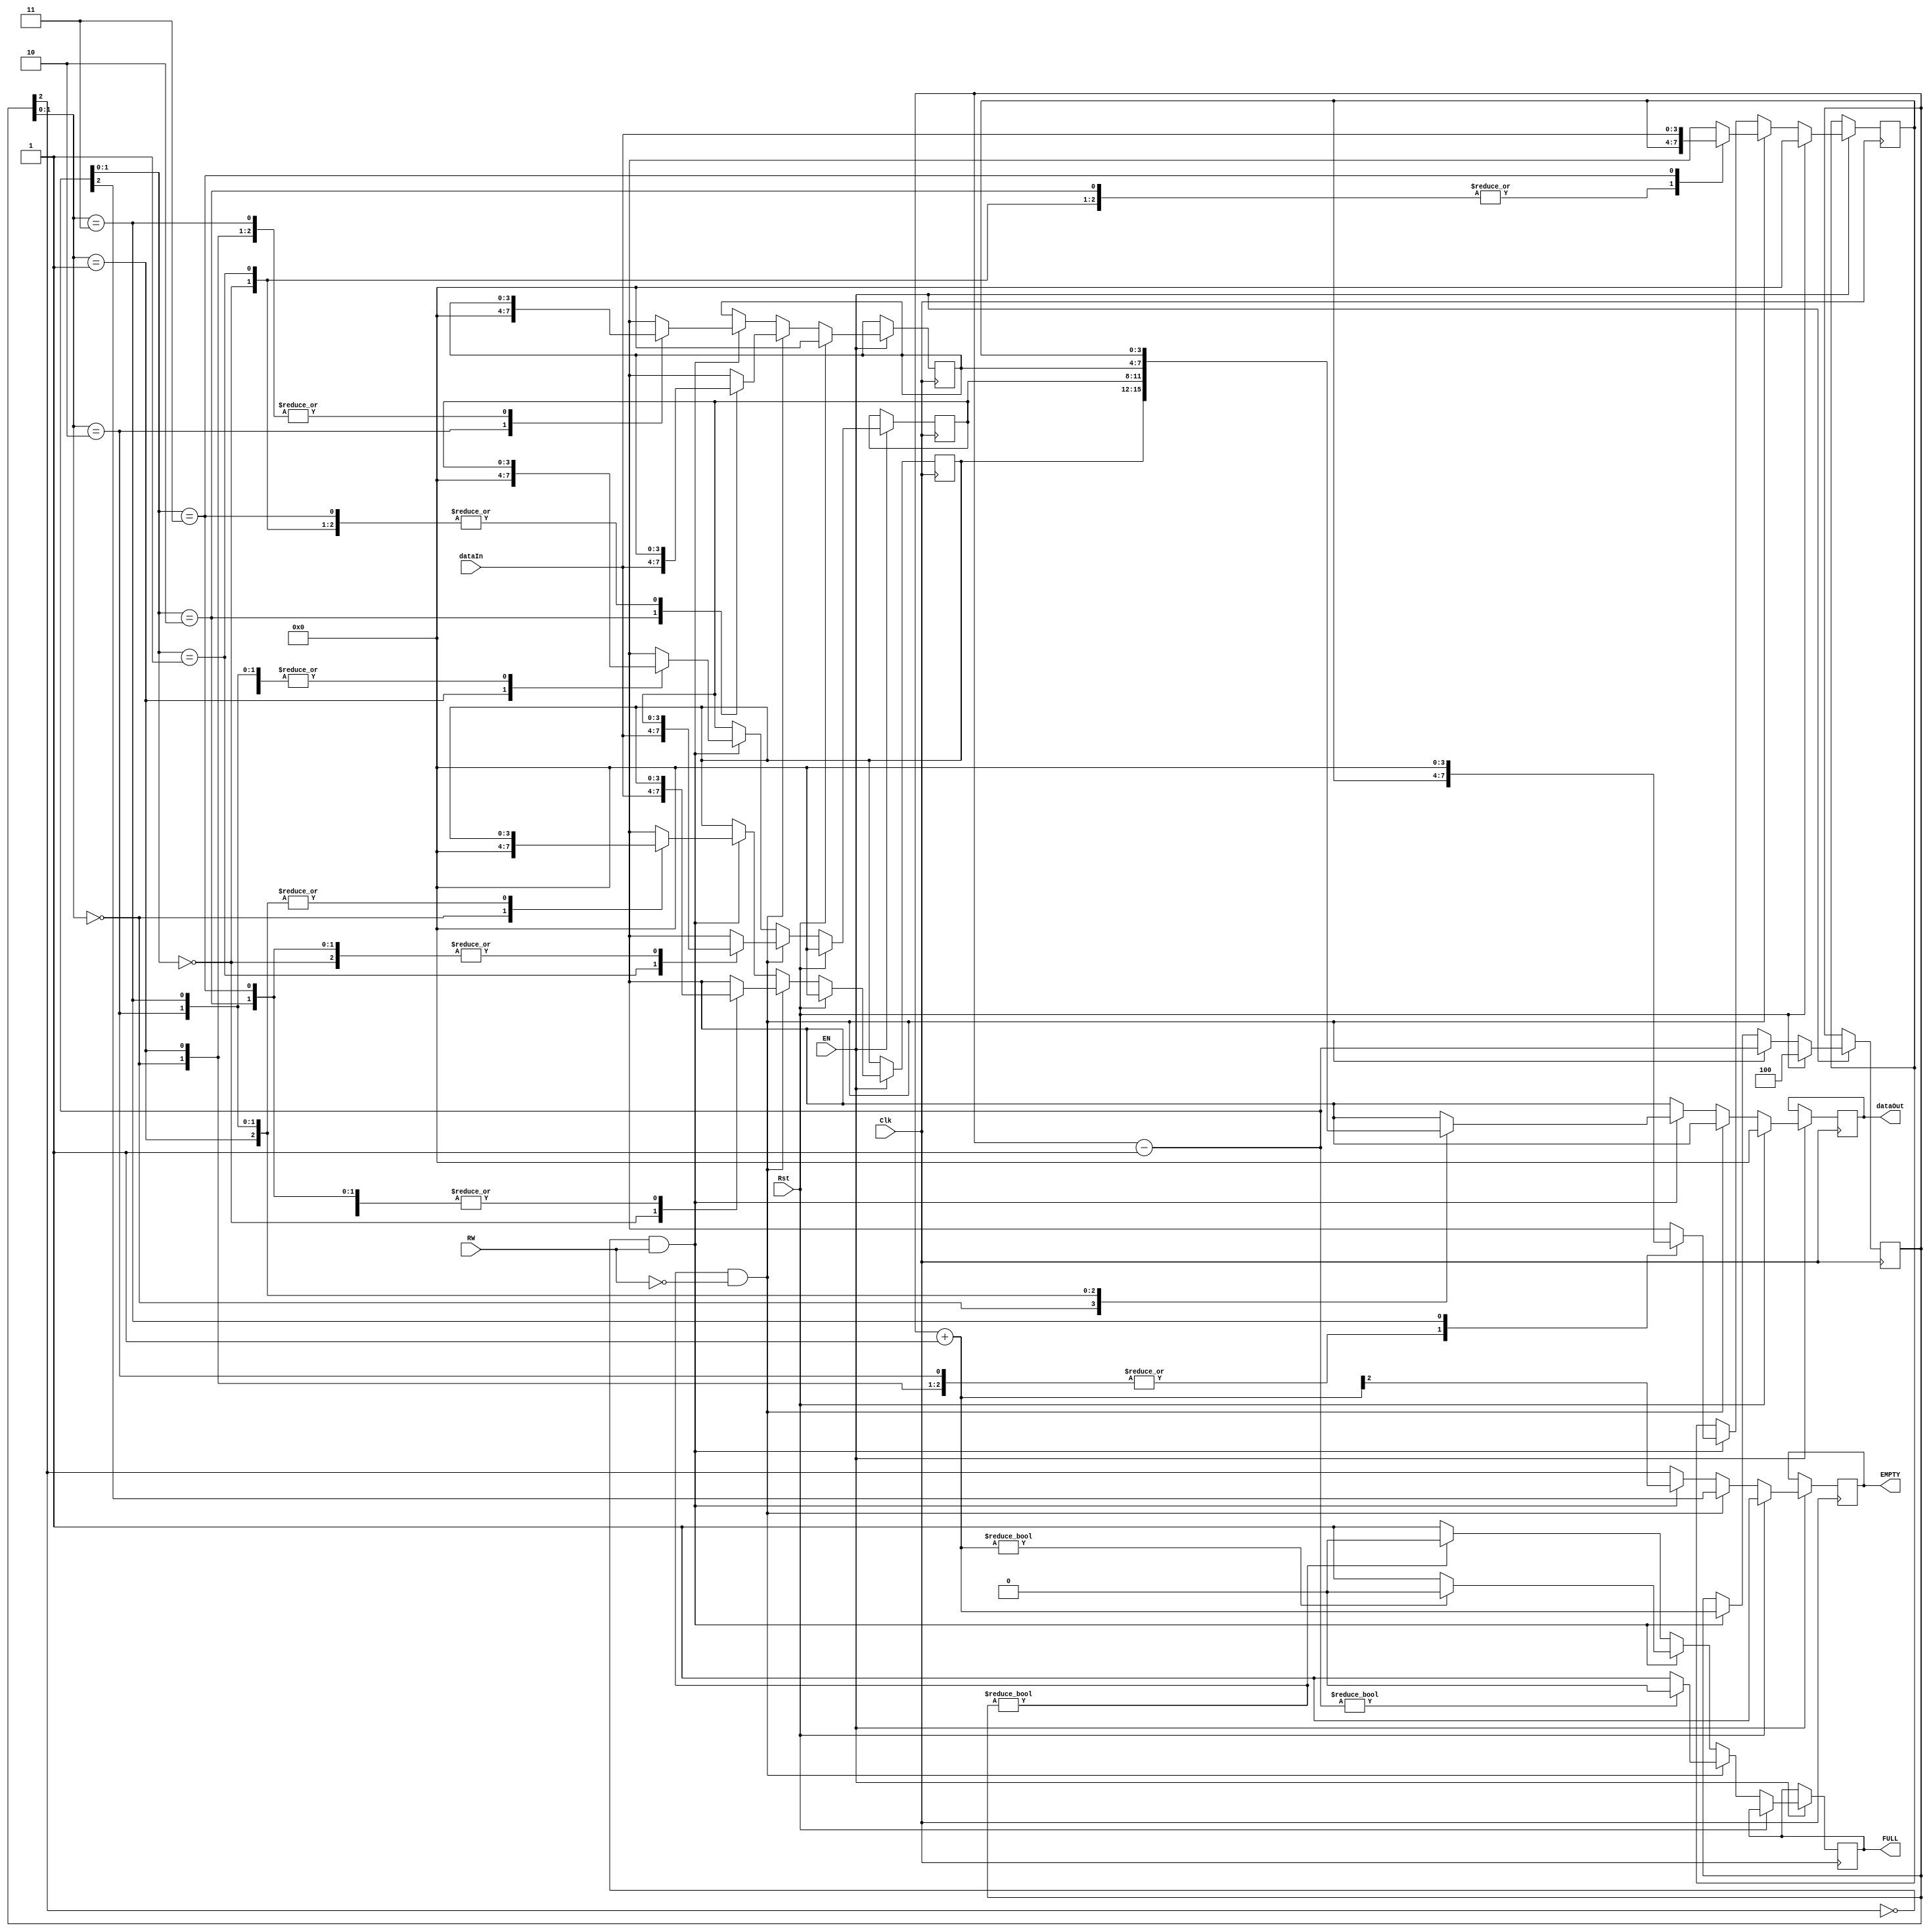
module LIFObuffer( dataIn,

                   dataOut,

                   RW,

                   EN,

                   Rst,

                   EMPTY,

                   FULL,

                   Clk

                  );

input [3:0]  dataIn;

input        RW,

             EN,

             Rst,

             Clk;

     

output  reg EMPTY,

            FULL;    

output reg [3:0] dataOut;

reg [3:0] stack_mem[0:3];

reg  [2:0] SP;

integer i;

always @ (posedge Clk)

begin

 if (EN==0);

 else begin

    if (Rst==1) begin

      SP       = 3'd4;

      EMPTY    = SP[2];

      dataOut  = 4'h0;

      for (i=0;i<4;i=i+1) begin

        stack_mem[i]= 0;

      end

     end

  else if (Rst==0) begin

    FULL = SP? 0:1;

    EMPTY  = SP[2];

    dataOut = 4'hx;

    if (FULL == 1'b0 && RW == 1'b0) begin

       SP            = SP-1'b1;

       FULL          = SP? 0:1;

       EMPTY         = SP[2];

       stack_mem[SP] = dataIn;

     end

   else if (EMPTY == 1'b0 && RW == 1'b1) begin

       dataOut  = stack_mem[SP];

       stack_mem[SP] = 0;

       SP  = SP+1;

       FULL  = SP? 0:1;

       EMPTY  = SP[2];

    end

   else;

  end

  
 end
 

end

endmodule